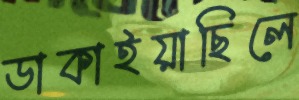
ডাকাইয়াছিলে